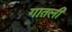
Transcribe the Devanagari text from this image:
गातली